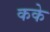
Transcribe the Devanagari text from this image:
कके